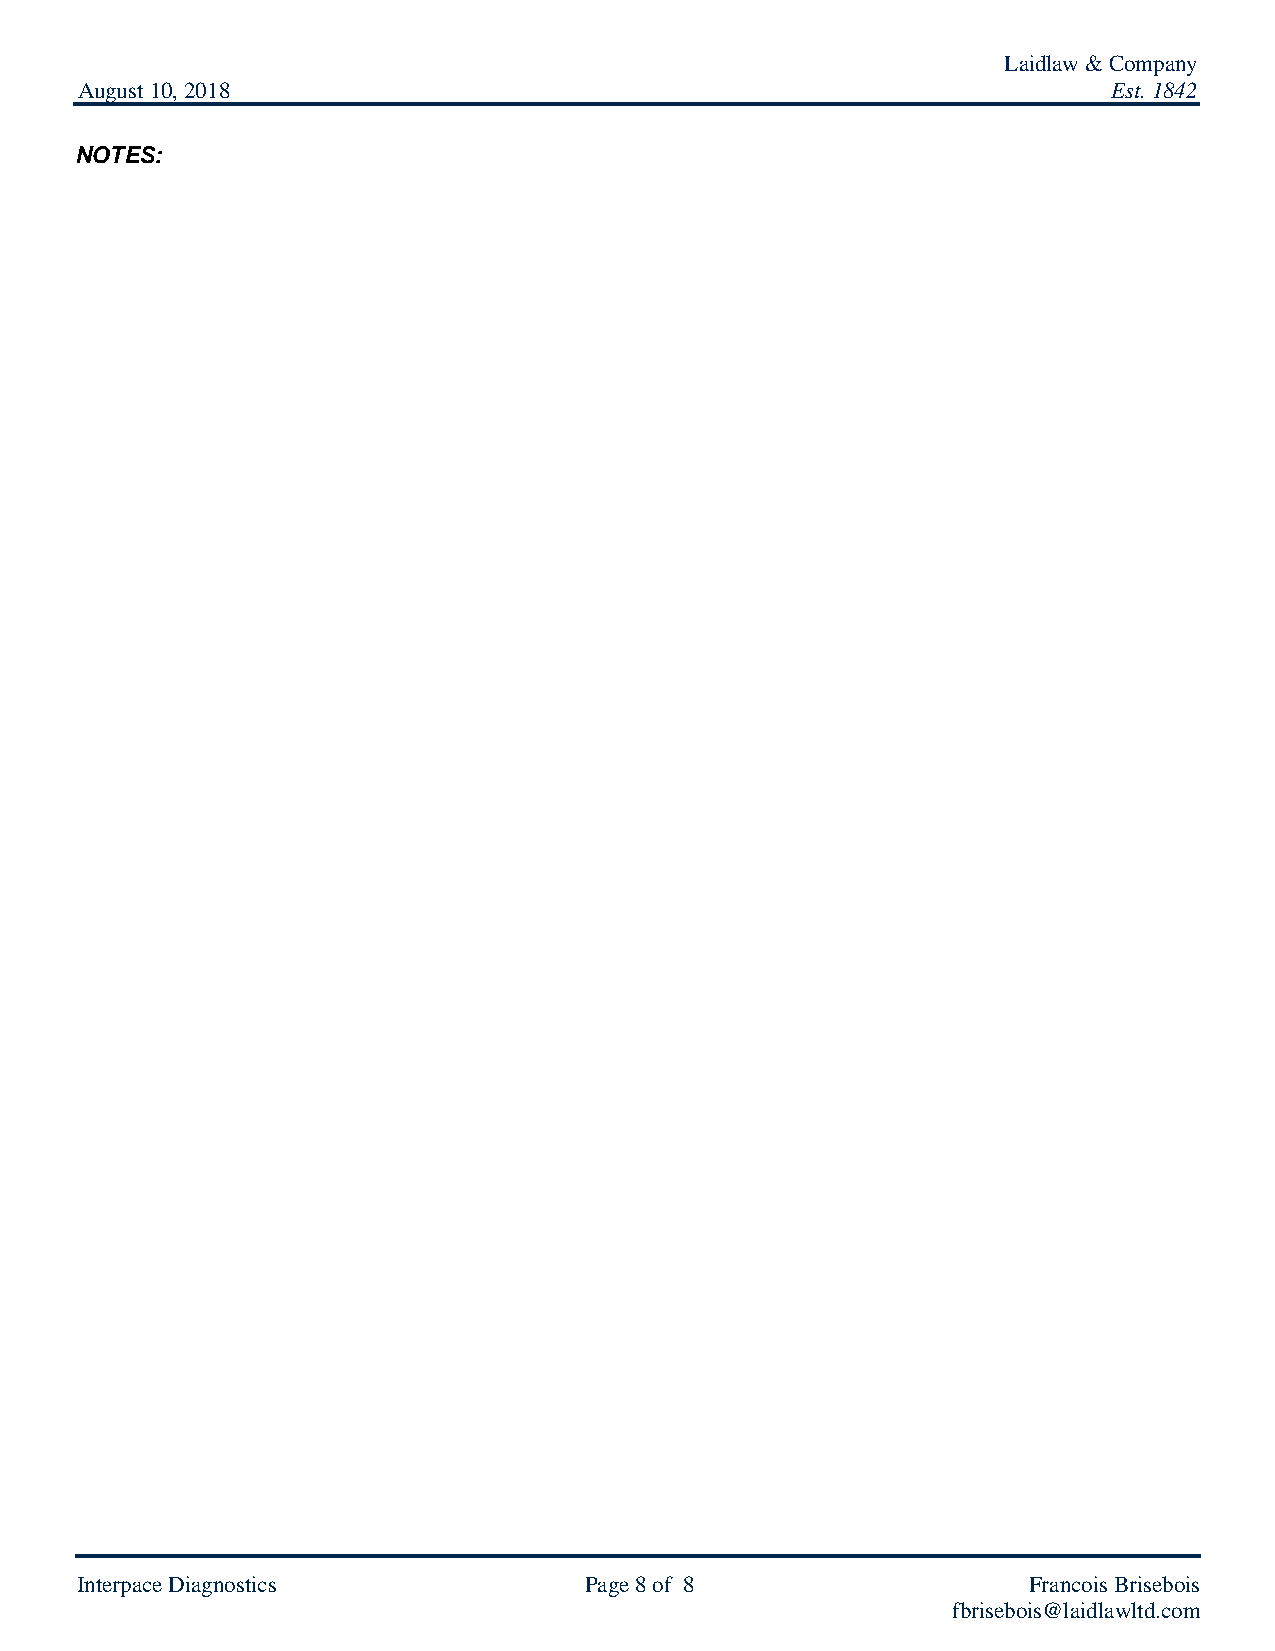
Laidlaw & Company
 August 10, 2018                                                      Est. 1842
 NOTES:
 Interpace Diagnostics             Page 8 of 8                  Francois Brisebois
 fbrisebois@laidlawltd.com